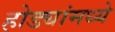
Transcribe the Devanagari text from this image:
होड्यांमध्ये